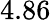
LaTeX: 4.86